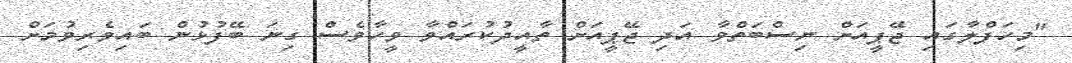
"މިހަފްލާގައި ޖޭޕީއަށް ނިސްބަތްވާ އަދި ޖޭޕީއަށް ތާއީދުކުރައްވާ ވީހާވެސް ގިނަ ބޭފުޅުން ބައިވެރިވުމަށް